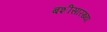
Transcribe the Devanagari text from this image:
बशीसारख्या